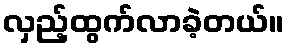
လှည့်ထွက်လာခဲ့တယ်။